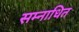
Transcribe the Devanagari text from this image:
सम्नाधित